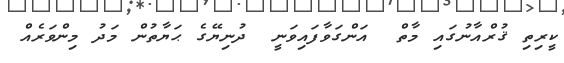
ކީރިތި ޤުރްއާނުގައި މާތް  އަންގަވާފައިވަނީ  ދުނިޔޭގެ ޙަޔާތުން މަދު މިންވަރެއް